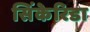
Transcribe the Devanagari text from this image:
सिंकेरिडा